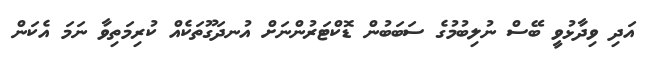
އަދި ވިދާޅުވީ ބޭސް ނުލިބުމުގެ ސަބަބުން ޑޮކްޓަރުންނަށް އުނދަގޫތަކެއް ކުރިމަތިވާ ނަމަ އެކަން